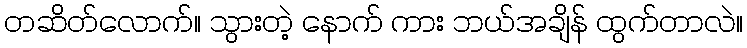
တဆိတ်လောက်။ သွားတဲ့ နောက် ကား ဘယ်အချိန် ထွက်တာလဲ။